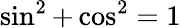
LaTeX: \sin^{2}+\cos^{2}=1